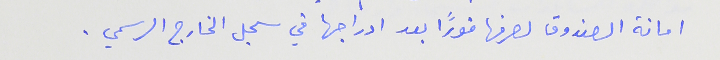
امانة الصندوق لصرفها فوراً بعد ادراجها في سجل الخارج الرسمي .